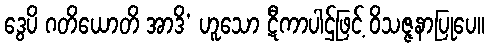
ဒွေပိ ဂတိယောတိ အာဒိ’ ဟူသော ဋီကာပါဌ်ဖြင့် ဝိသဇ္ဇနာပြုပေ။